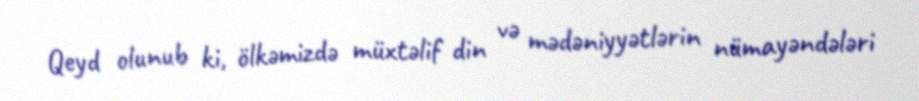
Qeyd olunub ki, ölkəmizdə müxtəlif din və mədəniyyətlərin nümayəndələri